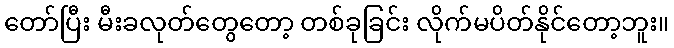
တော်ပြီး မီးခလုတ်တွေတော့ တစ်ခုခြင်း လိုက်မပိတ်နိုင်တော့ဘူး။